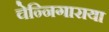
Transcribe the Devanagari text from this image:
चेन्निगाराया